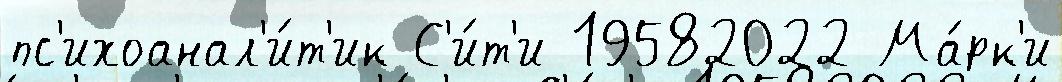
пс'ихоанал'и́т'ик С'и́т'и 19582022 Ма́рк'и